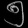
Digit: ၅